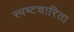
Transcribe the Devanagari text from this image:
स्पष्टचारिता